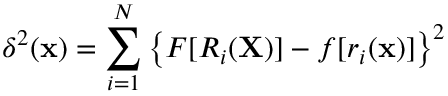
\delta ^ { 2 } ( \mathbf { x } ) = \sum _ { i = 1 } ^ { N } \left\{ F [ R _ { i } ( \mathbf { X } ) ] - f [ r _ { i } ( \mathbf { x } ) ] \right\} ^ { 2 }